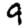
Digit: 9